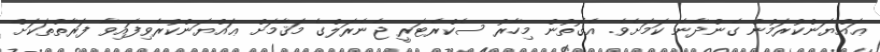
ޢައްޔަންކުރަމުން ގެންދާނެ ކަމަށެވެ. އެގޮތުން މިހާރު ސެކްރެޓަރީ ޖެނެރަލްގެ މަޤާމަށް ޢައްޔަންކުރެވިފައިވާ ފަރާތްތަކަށް